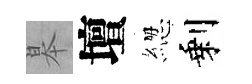
皋壇緫剩